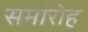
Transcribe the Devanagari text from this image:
समांरोह